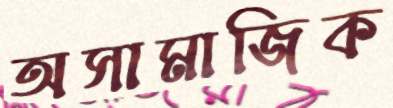
অসামাজিক